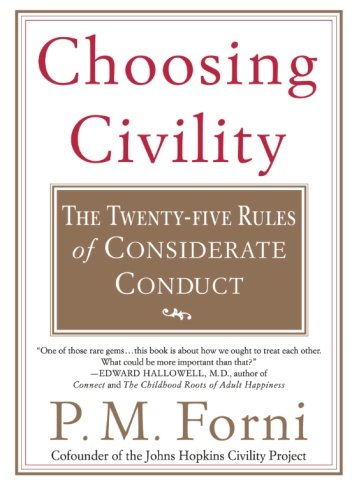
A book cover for Choosing Civility: The Twenty-five Rules of Considerate Conduct; P. M. Forni; Reference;